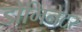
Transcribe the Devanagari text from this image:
डोमिनेटर